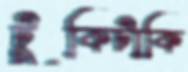
টুকিটাকি